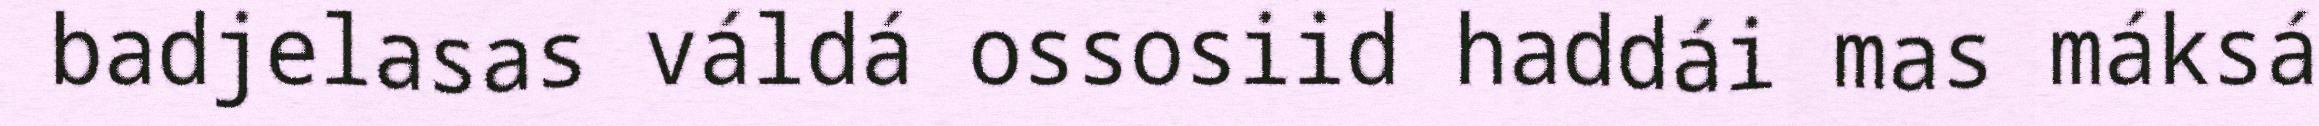
badjelasas váldá ossosiid haddái mas máksá